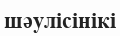
шәулісінікі